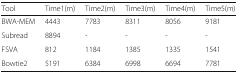
| Tool | Time1(m) | Time2(m) | Time3(m) | Time4(m) | Time5(m) |
 | --- | --- | --- | --- | --- | --- |
 | BWA-MEM | 4443 | 7783 | 8311 | 8056 | 9181 |
 | Subread | 8894 | - | - | - | - |
 | FSVA | 812 | 1184 | 1385 | 1335 | 1541 |
 | Bowtie2 | 5191 | 6384 | 6998 | 6694 | 7781 |